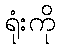
ရုံးကို